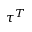
\tau ^ { T }